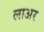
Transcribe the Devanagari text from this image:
लाअर